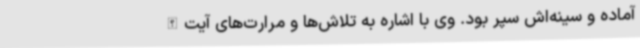
آماده و سینه‌اش سپر بود. وی با اشاره به تلاش‌ها و مرارت‌های آیت‌الله